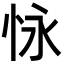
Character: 怺